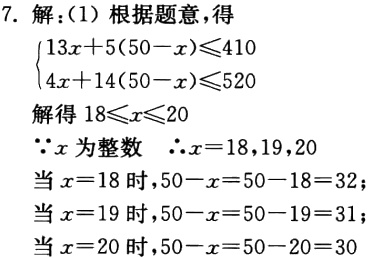
7. 解：(1) 根据题意，得

\(\begin{cases}

13x + 5(50 - x) \leq 410 \\

4x + 14(50 - x) \leq 520

\end{cases}\)

解得 \(18\leq x\leq 20\)

\(\because x\) 为整数 \(\therefore x = 18,19,20\)

当 \(x = 18\) 时，\(50 - x = 50 - 18 = 32\)

当 \(x = 19\) 时，\(50 - x = 50 - 19 = 31\)

当 \(x = 20\) 时，\(50 - x = 50 - 20 = 30\)